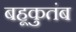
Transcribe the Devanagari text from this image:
बहूकुतंब